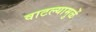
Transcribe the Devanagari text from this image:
वाटल्यामुळें